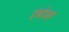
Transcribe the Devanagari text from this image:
इंबोशर